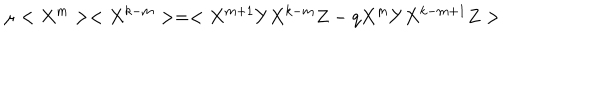
LaTeX: \mu < X ^ { m } > < X ^ { k - m } > = < X ^ { m + 1 } Y X ^ { k - m } Z - q X ^ { m } Y X ^ { k - m + 1 } Z >